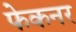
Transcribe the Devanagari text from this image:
फेकनर